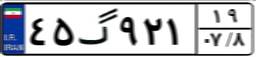
۴۵گ۹۲۱۱۹